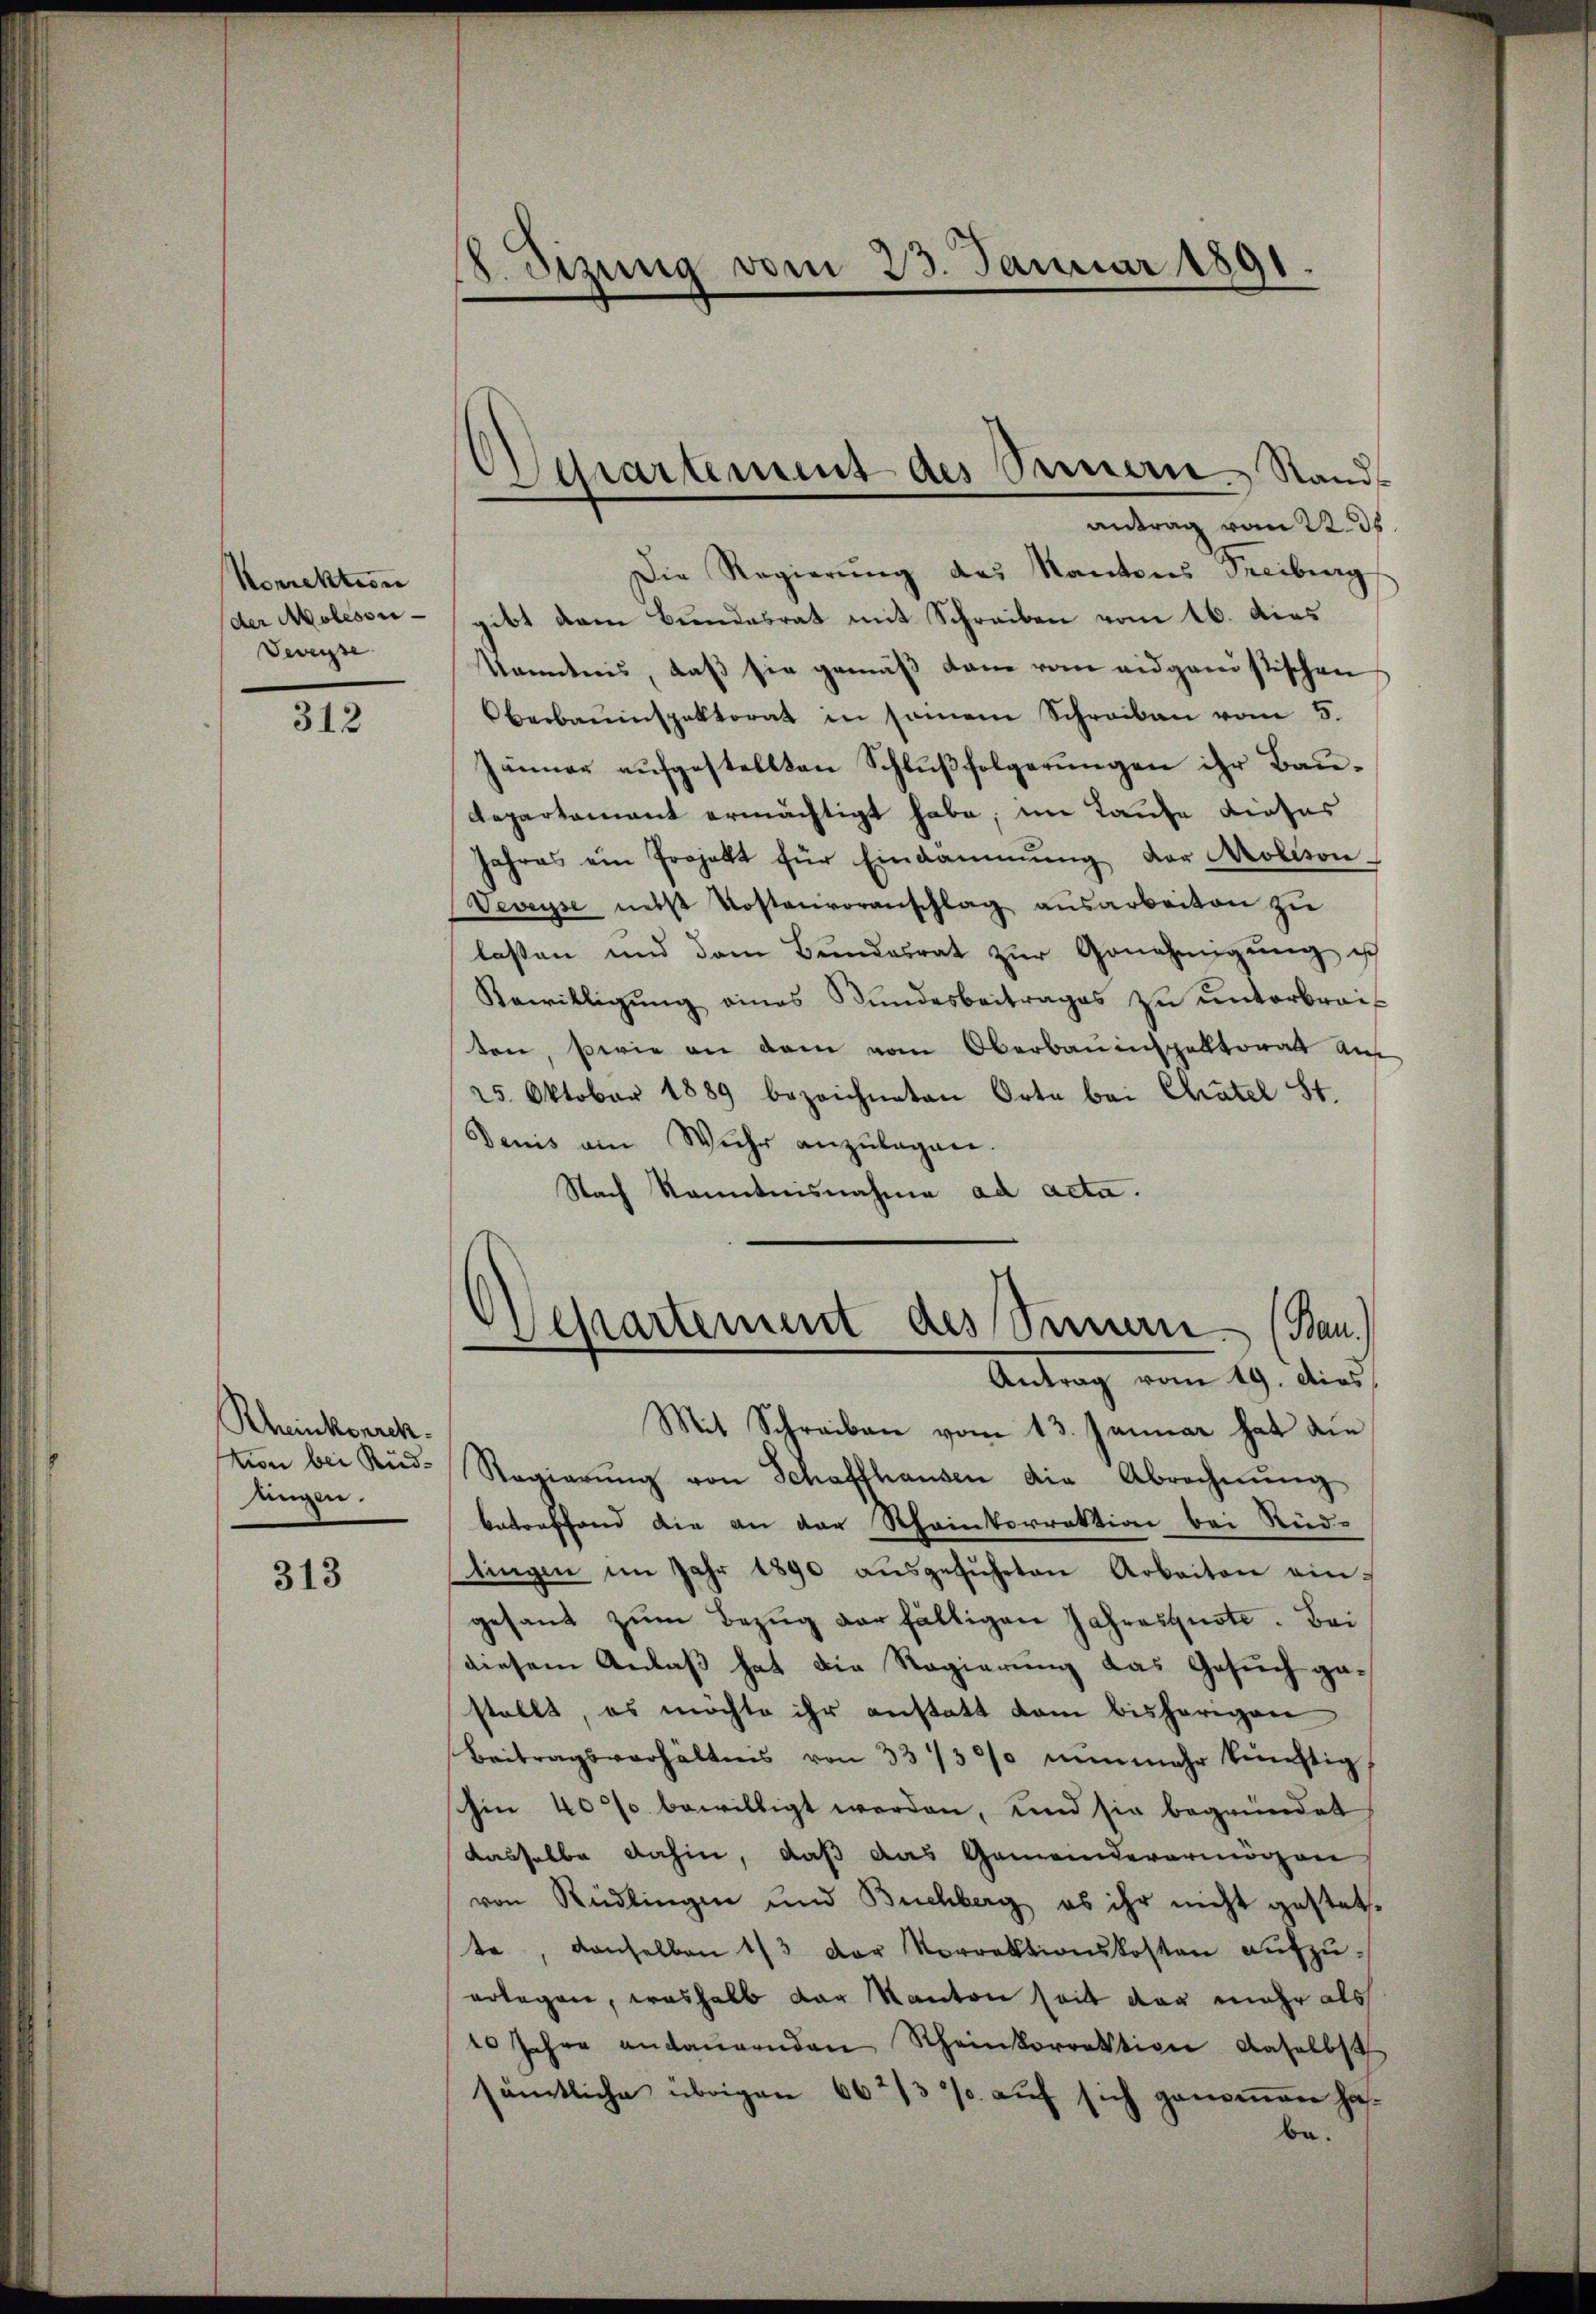
Korrektion
der Molesor¬
Deverse

312

Rheinkorrek
lingen.

313

Sizung vom 23. Januar 1891.
“

Die Regierung des Kantons Freiburg
gibt dem Bundesrat mit Schreiben vom 16. dies
Kenntnis, daß sie gemäß dann vom eidganistischen
Oberbauinspektorat in seinem Schreiben vom 5.
Jänner aufgestellten Schlußfolgerungen ihr Bau-
Departement ermächtigt habe; im Laufe dieser
Jahres ein Projekt für Eindammŭng der Molison-
Veveyse nebst Kostenvoranschlag ausarbeiten zu
lassen und dem Bŭndesrat zŭr Genehmigŭng ist
Bewilligŭng eines Bundesbeitrages zŭ ŭnterbraiten, sowie an dem vom Oberbauinspektorat auf
25. Oktober 1889 bezeichneten Orte bei Chatel St.
Denis am Wuhr anzulagen.
Nach kanntnisnahme ad acta.
Aepartement des Sinnern (Bau.
Antrag vom 19. Aus
Mit Schreiben vom 13. Januar hat die
tion bei Rud. Regierŭng von Schaffhausen die Abrechnŭng
betreffend die an der Rheinkorrektion bei Rüd-
tingen im Jahr 1890 aŭsgeführten Arbeiten ein
gesant zŭm Bezug der fälligen Jahresquote. Bei
diesem Anlaß hat die Regierung das Gesuch gestellt, es möchte ihr anstatt dem bisherigen
Beitragsverhältnis von 33/30/ nunmehr künftig
chin 40% bewilligt werden, und sie begründet
dasselbe dahin, daß das Gemeindevermögen
von Rüdlingen und Buchberg, es ihr nicht gestatte, denselben 1/3 der Vorrektionskosten aufzuerlagen, weshalb der Kanton seit der mehr als
10 Jahre andauernden Scheinkorrektion daselbst
sämtliche übrigen 66 2/3 % auf sich genomen habe.

Verartement des Seinern Stands
antrag vom 22. ds.